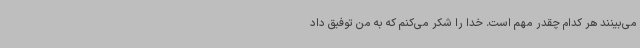
می‌بینند هر کدام چقدر مهم است. خدا را شکر می‌کنم که به من توفیق داد